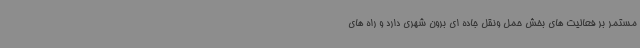
مستمر بر فعالیت های بخش حمل ونقل جاده ای برون شهری دارد و راه های